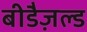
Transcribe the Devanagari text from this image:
बीडैज़ल्ड